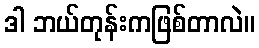
ဒါ ဘယ်တုန်းကဖြစ်တာလဲ။